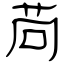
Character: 苘